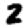
Digit: 2